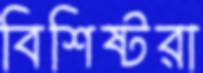
বিশিষ্টরা